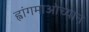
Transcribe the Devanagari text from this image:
ह्वांगमाओच्यान